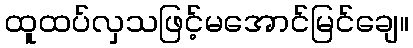
ထူထပ်လှသဖြင့်မအောင်မြင်ချေ။